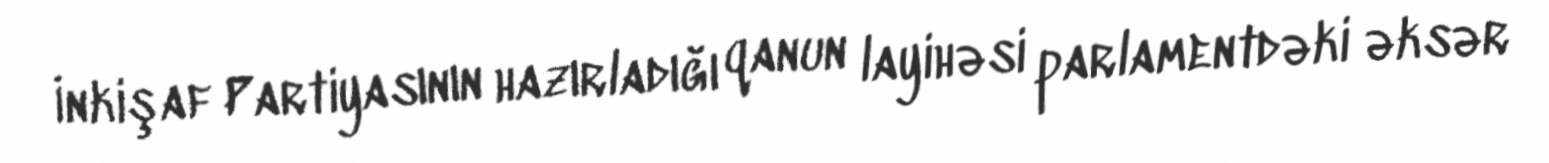
İnkişaf Partiyasının hazırladığı qanun layihəsi parlamentdəki əksər